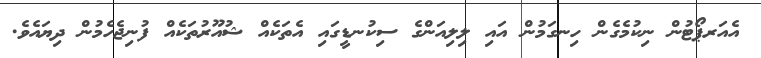
އެއަރޕޯޓުން ނިކުމެގެން ހިނގަމުން އައި ލިލިއަންގެ ސިކުނޑީގައި އެތަކެއް ޝުއޫރުތަކެއް ފުނިޖެހެމުން ދިޔައެވެ.